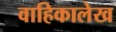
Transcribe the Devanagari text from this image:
वाहिकालेख